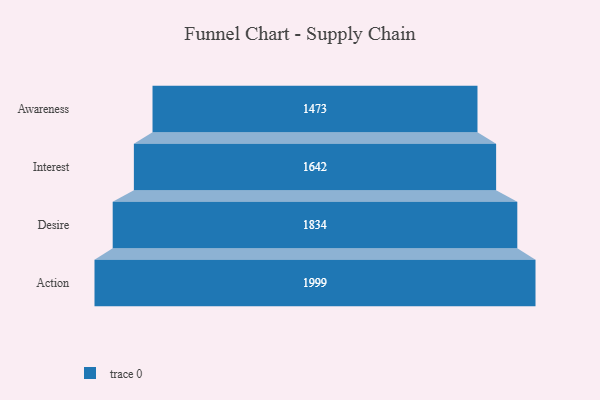
{"axis": {"x": "Stage", "y": "Value"}, "legend": [""], "data": [{"x": "Awareness", "y": 1473.0, "type": ""}, {"x": "Interest", "y": 1642.0, "type": ""}, {"x": "Desire", "y": 1834.0, "type": ""}, {"x": "Action", "y": 1999.0, "type": ""}]}